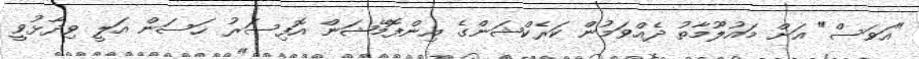
"އަވަސް" އަށް މައުލޫމާތު ދެއްވަމުން ކަރެކްޝަންގެ އިންފޮމޭޝަން އޮފިސަރު ހަސަން އަލީ ވިދާޅުވީ